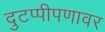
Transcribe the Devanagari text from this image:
दुटप्पीपणावर